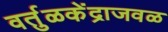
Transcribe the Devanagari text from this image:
वर्तुळकेंद्राजवळ